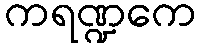
ကရဏ္ဍကေ